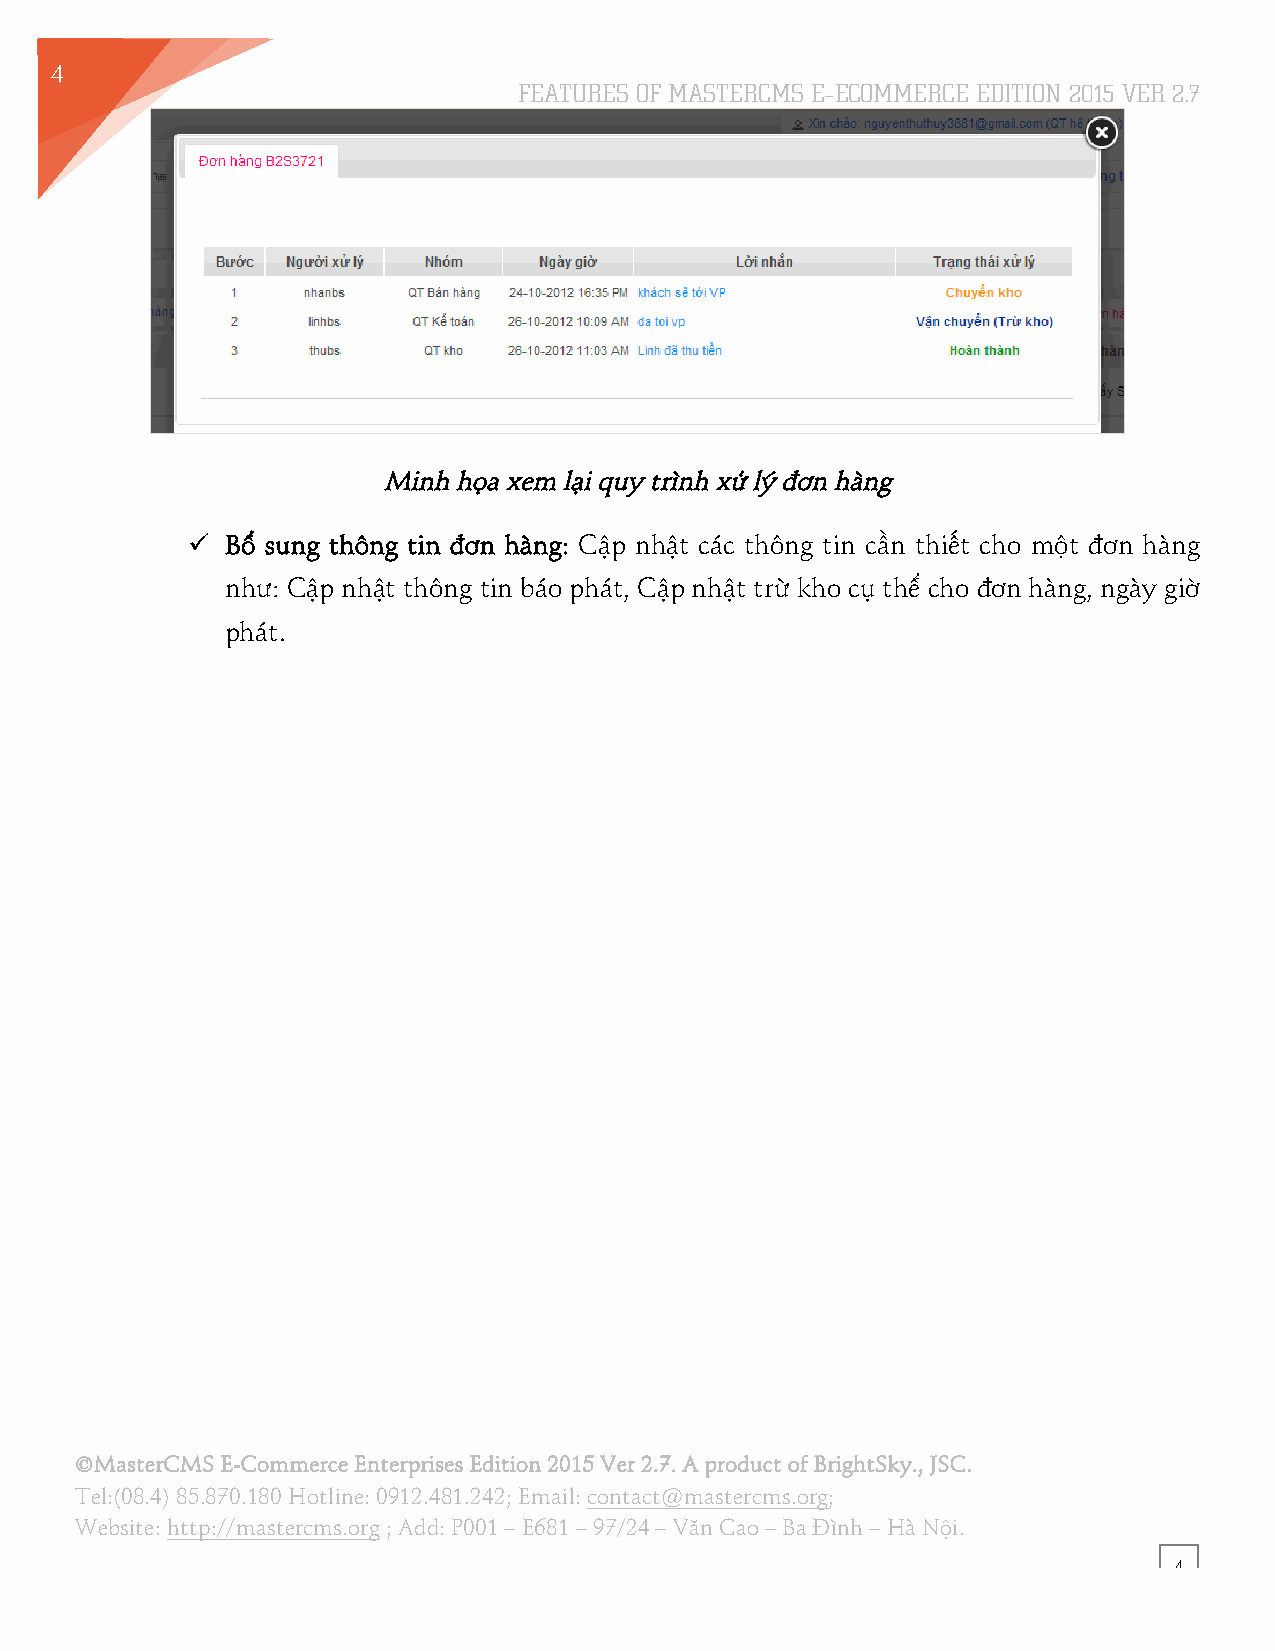
4
 FEATURES OF MASTERCMS E–ECOMMERCE EDITION 2015 VER 2.7
 5
 Minh họa xem lại quy trình xử lý đơn hàng
 !! Bổ sung thông tin đơn hàng: Cập nhật các thông tin cần thiết cho một đơn hàng
 như: Cập nhật thông tin báo phát, Cập nhật trừ kho cụ thể cho đơn hàng, ngày giờ
 phát.
 ©MasterCMS E-Commerce Enterprises Edition 2015 Ver 2.7. A product of BrightSky., JSC.
 Tel:(08.4) 85.870.180 Hotline: 0912.481.242; Email: contact@mastercms.org;
 Website: http://mastercms.org ; Add: P001 – E681 – 97/24 – Văn Cao – Ba Đình – Hà Nội.
 4